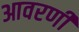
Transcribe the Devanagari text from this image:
आवरणी